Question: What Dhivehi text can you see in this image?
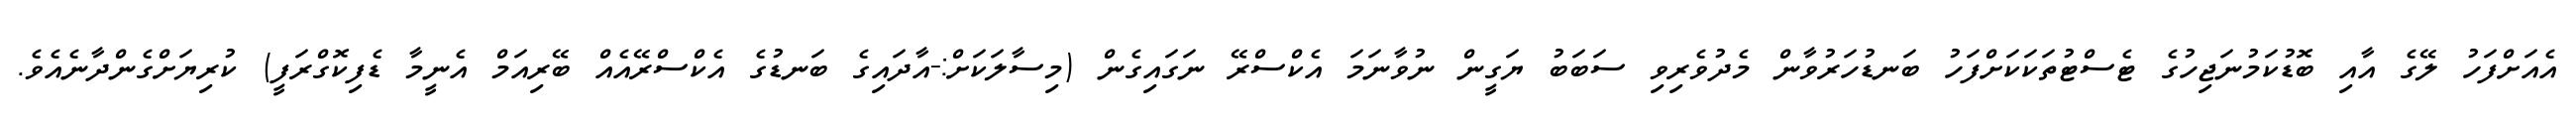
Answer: އެއަށްފަހު ލޭގެ އާއި ބޮޑުކަމުނަޖިހުގެ ޓެސްޓުތަކަކަށްފަހު ބަނޑުހަރުވާން މެދުވެރިވި ސަބަބު ޔަގީން ނުވާނަމަ އެކްސްރޭ ނަގައިގެން (މިސާލަކަށް:-އާދައިގެ ބަނޑުގެ އެކްސްރޭއެއް ބޭރިއަމް އެނީމާ ޑެފިކޮގްރަފީ) ކުރިޔަށްގެންދާނެއެވެ.